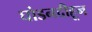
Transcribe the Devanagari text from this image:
घोडनदीहून